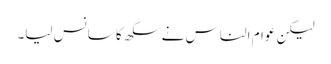
لیکن عوام الناس نے سکھ کا سانس لیا۔